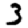
Digit: 3